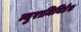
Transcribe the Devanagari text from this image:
न्युरामिनिडेस